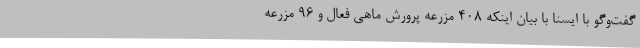
گفت‌وگو با ایسنا با بیان اینکه 408 مزرعه پرورش ماهی فعال و 96 مزرعه